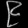
Digit: ၉